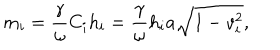
m _ { i } = \frac \gamma \omega C _ { i } h _ { i } = \frac \gamma \omega h _ { i } a \sqrt { 1 - v _ { i } ^ { 2 } } ,